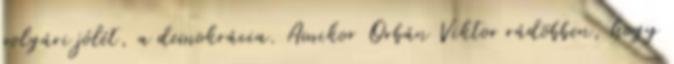
polgári jólét, a demokrácia. Amikor Orbán Viktor rádöbben, hogy